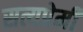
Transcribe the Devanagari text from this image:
सत्यप्रेमी